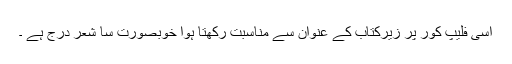
اسی فلیپ کور پر زیرکتاب کے عنوان سے مناسبت رکھتا ہوا خوبصورت سا شعر درج ہے ۔